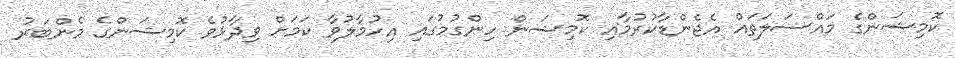
ކޮމިޝަންގެ މައްސަލަތައް އެޖެންޑާކުރުމާއި ކޮމިޝަން ހިންގުމުގައި އިހުމާލުވާ ކަމަށް ވިދާޅުވެ ކޮމިޝަންގެ މެންބަރު